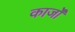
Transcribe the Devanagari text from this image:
कार्जों